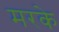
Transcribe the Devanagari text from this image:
मरके